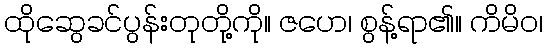
ထိုဆွေခင်ပွန်းတုတို့ကို။ ဇဟေ၊ စွန့်ရာ၏။ ကိမိဝ၊